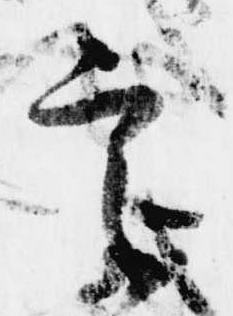
言